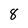
Character: 8